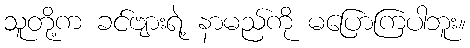
သူတို့က ခင်ဗျားရဲ့ နာမည်ကို မပြောကြပါဘူး။